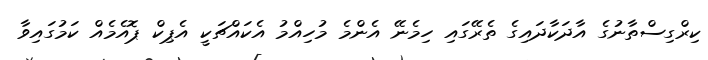
ކިރްގިސްތާނުގެ އާދަކާދައިގެ ތެރޭގައި ހިމެނޭ އެންމެ މުހިއްމު އެކައްޗަކީ އެޕިކް ޕޮއެމެއް ކަމުގައިވާ